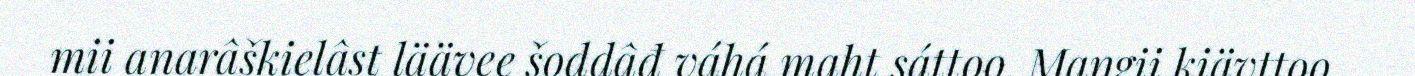
mii anarâškielâst läävee šoddâđ váhá maht sáttoo. Maŋgii kiävttoo